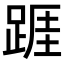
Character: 𨂉